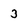
Character: 3